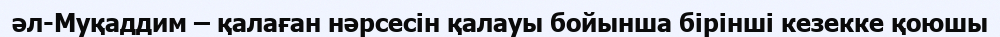
әл-Муқаддим – қалаған нәрсесін қалауы бойынша бірінші кезекке қоюшы